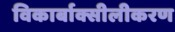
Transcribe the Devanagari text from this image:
विकार्बाक्सीलीकरण